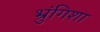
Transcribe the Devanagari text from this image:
भ्रुंगिशा